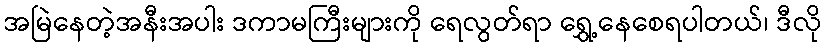
အမြဲနေတဲ့အနီးအပါး ဒကာမကြီးများကို ရေလွတ်ရာ ရွှေ့နေစေရပါတယ်၊ ဒီလို